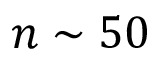
n \sim 5 0